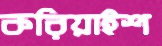
করিয়াইশ